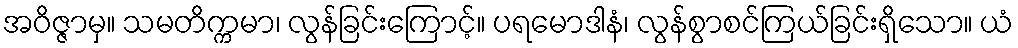
အဝိဇ္ဇာမှ။ သမတိက္ကမာ၊ လွန်ခြင်းကြောင့်။ ပရမောဒါနံ၊ လွန်စွာစင်ကြယ်ခြင်းရှိသော။ ယံ